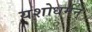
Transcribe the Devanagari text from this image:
यशोधर्मन्‌